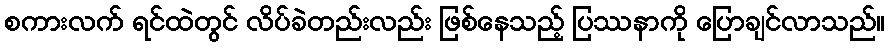
စကားလက် ရင်ထဲတွင် လိပ်ခဲတည်းလည်း ဖြစ်နေသည့် ပြဿနာကို ပြောချင်လာသည်။